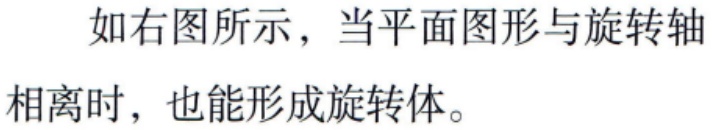
如右图所示，当平面图形与旋转轴相离时，也能形成旋转体。